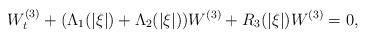
LaTeX: \begin{align*}W_t^{(3)}+(\Lambda_1(|\xi|)+\Lambda_2(|\xi|))W^{(3)}+R_3(|\xi|)W^{(3)}=0,\end{align*}